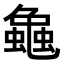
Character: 𧑴